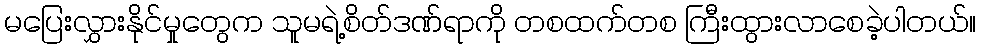
မပြေးလွှားနိုင်မှုတွေက သူမရဲ့စိတ်ဒဏ်ရာကို တစထက်တစ ကြီးထွားလာစေခဲ့ပါတယ်။